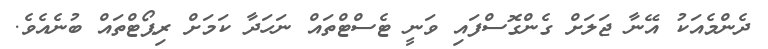
ދެންމެއަކު އޭނާ ޖަލަށް ގެންގޮސްފައި ވަނީ ޓެސްޓްތައް ނަހަދާ ކަމަށް ރިޕޯޓްތައް ބުނެއެވެ.